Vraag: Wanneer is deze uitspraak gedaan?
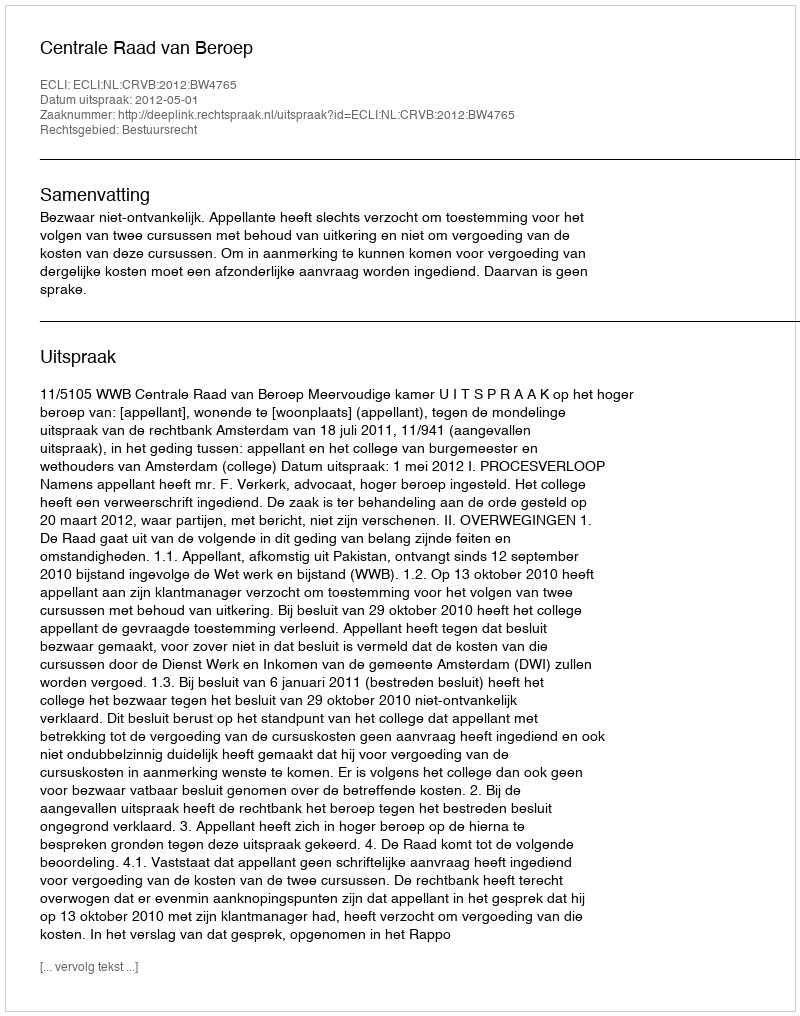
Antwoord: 2012-05-01